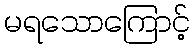
မရသောကြောင့်